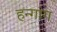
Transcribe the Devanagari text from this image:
हन्गांग